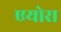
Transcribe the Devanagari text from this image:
एयोरा